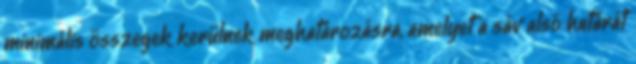
minimális összegek kerülnek meghatározásra, amelyet a sáv alsó határát